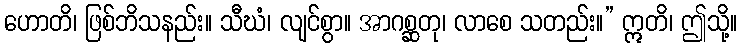
ဟောတိ၊ ဖြစ်ဘိသနည်း။ သီဃံ၊ လျင်စွာ။ အာဂစ္ဆတု၊ လာစေ သတည်း။” ဣတိ၊ ဤသို့။